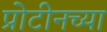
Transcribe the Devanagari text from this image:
प्रोटीनच्या